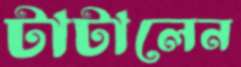
টাটালেন